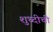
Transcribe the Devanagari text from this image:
शुध्दीची